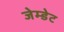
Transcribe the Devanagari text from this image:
जेम्डेट